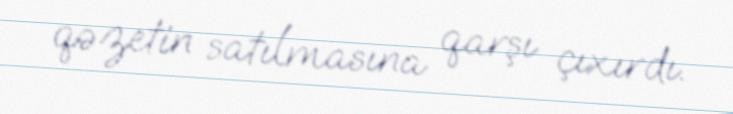
qəzetin satılmasına qarşı çıxırdı.